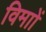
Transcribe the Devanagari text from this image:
विमाों